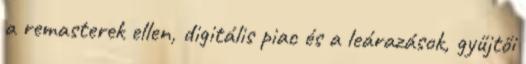
a remasterek ellen, digitális piac és a leárazások, gyűjtői